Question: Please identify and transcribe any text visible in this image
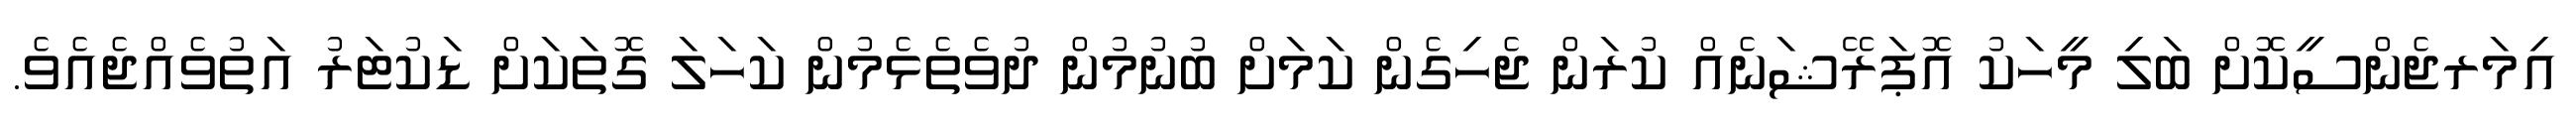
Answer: އިމަރޖެންސީކޮށް ބަލި މީހަކު އޮޕަރޭޝަނެއް ކުރަން ޖެހިގެން ކަމަށް ބުނުމުން ދުވެތެޅެމުން ކަހަލަ ގޮތަކަށް ޑަކުޓަރު އަތުވެއްޖެއެވެ.